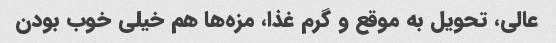
عالی، تحویل به موقع و گرم غذا، مزه‌ها هم خیلی خوب بودن